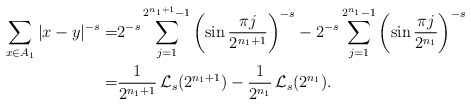
\begin{align*}\sum_{x\in A_{1}}|x-y|^{-s}= & 2^{-s}\sum_{j=1}^{2^{n_{1}+1}-1}\left(\sin \frac{\pi j}{2^{n_{1}+1}}\right)^{-s}-2^{-s}\sum_{j=1}^{2^{n_{1}}-1}\left(\sin \frac{\pi j}{2^{n_{1}}}\right)^{-s}\\= & \frac{1}{2^{n_{1}+1}}\,\mathcal{L}_{s}(2^{n_{1}+1})-\frac{1}{2^{n_{1}}}\,\mathcal{L}_{s}(2^{n_{1}}).\end{align*}